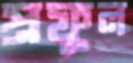
প্রফুল